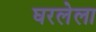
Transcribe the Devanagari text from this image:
घरलेला